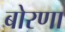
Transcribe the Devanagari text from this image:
बोरणा